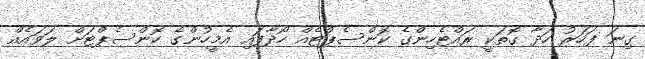
ގިނަ ފަހަރު ހަދާ ގޮތަކީ ރައްޓެހިންގެ ކޮންސެޕްޓެއް ހޯދާފައި އެމީހުންގެ ކޮންސެޕްޓަށް ލަވައެއް